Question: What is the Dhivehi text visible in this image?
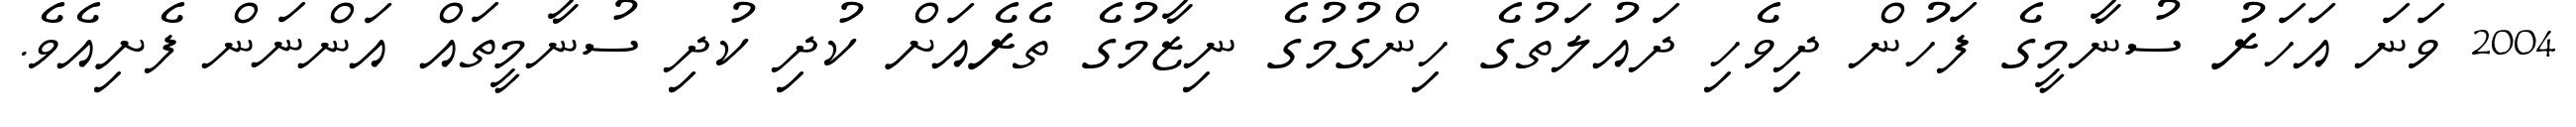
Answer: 2004 ވަނަ އަހަރު ސުނާމީގެ ފަހުން ދިވެހި ދައުލަތުގެ ހިންގުމުގެ ނިޒާމުގެ ތެރެއަށް ކުދި ކުދި ސުނާމީތައް އަންނަން ފެށިއެވެ.